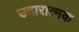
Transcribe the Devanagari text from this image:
उदारात्मक